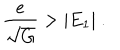
LaTeX: { \frac { e } { \sqrt G } } > | E _ { 1 } | ~ .